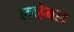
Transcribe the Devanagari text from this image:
लव्हेबल